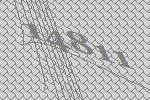
14811